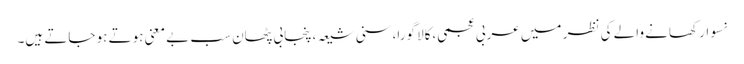
نسوار کھانے والے کی نظر میں عربی عجمی،کالا گورا،سنی شیعہ،پنجابی پٹھان سب بے معنی ہوتے ہو جاتے ہیں۔